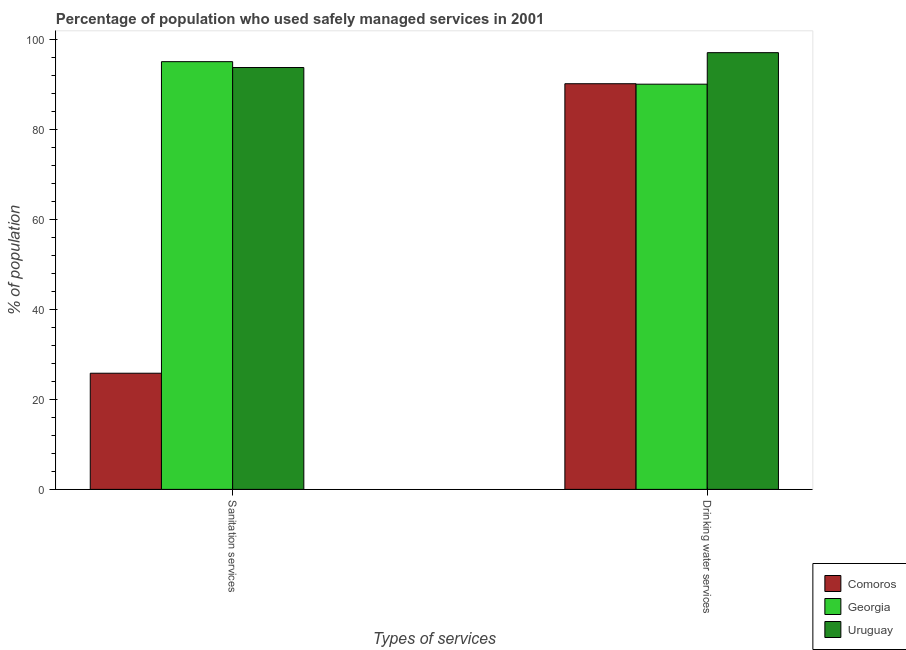
| Types of services | Comoros | Georgia | Uruguay |
 | --- | --- | --- | --- |
 | Sanitation services | 25.8 | 95 | 93.7 |
 | Drinking water services | 90.1 | 90 | 97 |